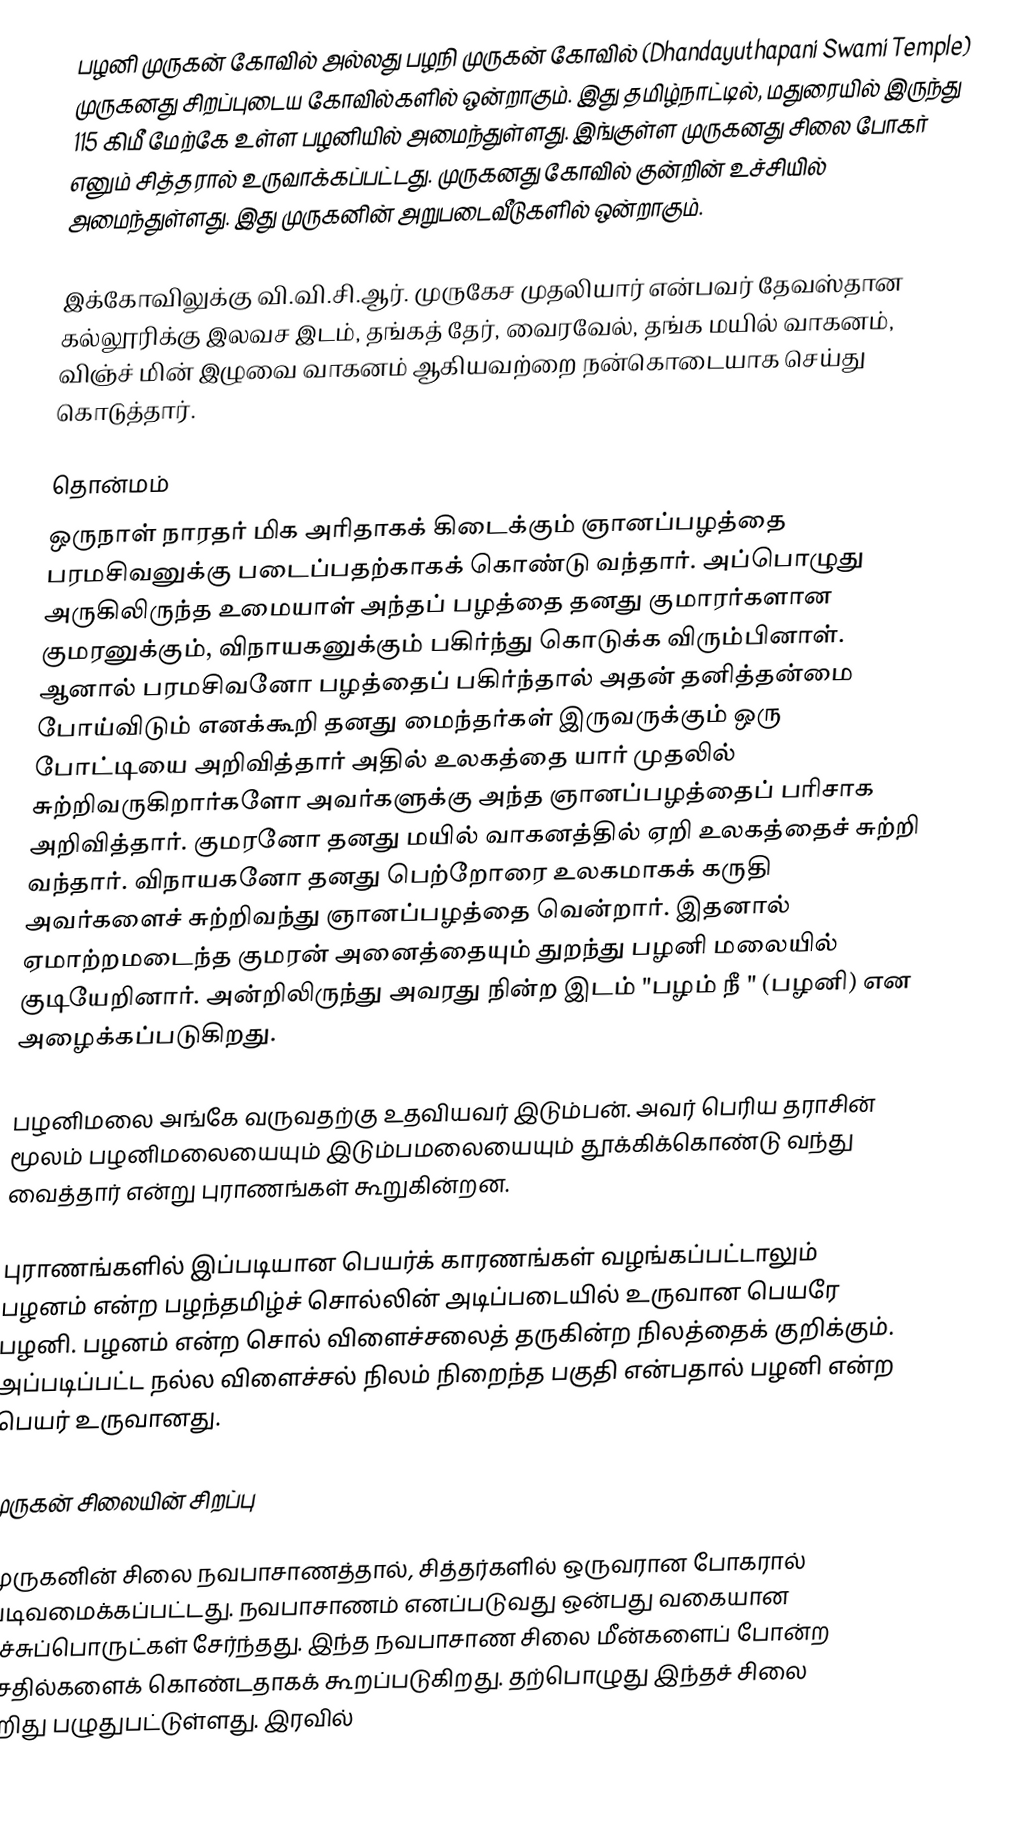
பழனி முருகன் கோவில் அல்லது பழநி முருகன் கோவில் (Dhandayuthapani Swami Temple) முருகனது சிறப்புடைய கோவில்களில் ஒன்றாகும். இது தமிழ்நாட்டில், மதுரையில் இருந்து 115 கிமீ மேற்கே உள்ள பழனியில் அமைந்துள்ளது. இங்குள்ள முருகனது சிலை போகர் எனும் சித்தரால் உருவாக்கப்பட்டது. முருகனது கோவில் குன்றின் உச்சியில் அமைந்துள்ளது. இது முருகனின் அறுபடைவீடுகளில் ஒன்றாகும்.

இக்கோவிலுக்கு வி.வி.சி.ஆர். முருகேச முதலியார் என்பவர் தேவஸ்தான கல்லூரிக்கு இலவச இடம், தங்கத் தேர், வைரவேல், தங்க மயில் வாகனம், விஞ்ச் மின் இழுவை வாகனம் ஆகியவற்றை நன்கொடையாக செய்து கொடுத்தார்.

தொன்மம்
ஒருநாள் நாரதர் மிக அரிதாகக் கிடைக்கும் ஞானப்பழத்தை பரமசிவனுக்கு படைப்பதற்காகக் கொண்டு வந்தார். அப்பொழுது அருகிலிருந்த உமையாள் அந்தப் பழத்தை தனது குமாரர்களான குமரனுக்கும், விநாயகனுக்கும் பகிர்ந்து கொடுக்க விரும்பினாள். ஆனால் பரமசிவனோ பழத்தைப் பகிர்ந்தால் அதன் தனித்தன்மை போய்விடும் எனக்கூறி தனது மைந்தர்கள் இருவருக்கும் ஒரு போட்டியை அறிவித்தார் அதில் உலகத்தை யார் முதலில் சுற்றிவருகிறார்களோ அவர்களுக்கு அந்த ஞானப்பழத்தைப் பரிசாக அறிவித்தார். குமரனோ தனது மயில் வாகனத்தில் ஏறி உலகத்தைச் சுற்றி வந்தார். விநாயகனோ தனது பெற்றோரை உலகமாகக் கருதி அவர்களைச் சுற்றிவந்து ஞானப்பழத்தை வென்றார். இதனால் ஏமாற்றமடைந்த குமரன் அனைத்தையும் துறந்து பழனி மலையில் குடியேறினார். அன்றிலிருந்து அவரது நின்ற இடம் "பழம் நீ " (பழனி) என அழைக்கப்படுகிறது.

பழனிமலை அங்கே வருவதற்கு உதவியவர் இடும்பன். அவர் பெரிய தராசின் மூலம் பழனிமலையையும் இடும்பமலையையும் தூக்கிக்கொண்டு வந்து வைத்தார் என்று புராணங்கள் கூறுகின்றன.

புராணங்களில் இப்படியான பெயர்க் காரணங்கள் வழங்கப்பட்டாலும் பழனம் என்ற பழந்தமிழ்ச் சொல்லின் அடிப்படையில் உருவான பெயரே பழனி. பழனம் என்ற சொல் விளைச்சலைத் தருகின்ற நிலத்தைக் குறிக்கும். அப்படிப்பட்ட நல்ல விளைச்சல் நிலம் நிறைந்த பகுதி என்பதால் பழனி என்ற பெயர் உருவானது.

முருகன் சிலையின் சிறப்பு

முருகனின் சிலை நவபாசாணத்தால், சித்தர்களில் ஒருவரான போகரால் வடிவமைக்கப்பட்டது. நவபாசாணம் எனப்படுவது ஒன்பது வகையான நச்சுப்பொருட்கள் சேர்ந்தது. இந்த நவபாசாண சிலை மீன்களைப் போன்ற செதில்களைக் கொண்டதாகக் கூறப்படுகிறது. தற்பொழுது இந்தச் சிலை சிறிது பழுதுபட்டுள்ளது. இரவில்